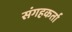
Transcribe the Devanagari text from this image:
संगहकर्ता